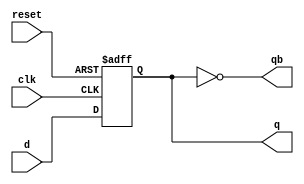
/* D flip flop Truth table

	Input is equal to the output when the output is clk is high when reset is high ouput is 0

		 ____________
		|	     |
	D----->	|	     |--------> Q
		|     Dff    |
      Clk------>|	     |--------> Q'
		|____________|
		      /|\
		       |
		       |reset
*/

module d_ff(clk,
           reset,
           d,
           q,
           qb);

// Step1 : Declare Port Directions

  input clk,reset,d;	 
  output reg q;
  output qb;

// Step2 : Write the behavioral logic for D flip-flop functionality.


  always@(posedge clk or posedge reset)
	begin
	if(reset)
	q = 0;
	else
	q = d;
	end

//Step3. Assign complement of q to qb.

  assign qb=~q;       

endmodule